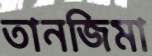
তানজিমা